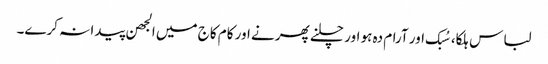
لباس ہلکا، سُبک اور آرام دہ ہو اور چلنے پھرنے اور کام کاج میں الجھن پیدا نہ کرے۔